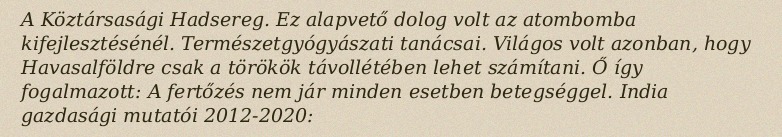
A Köztársasági Hadsereg. Ez alapvető dolog volt az atombomba kifejlesztésénél. Természetgyógyászati tanácsai. Világos volt azonban, hogy Havasalföldre csak a törökök távollétében lehet számítani. Ő így fogalmazott: A fertőzés nem jár minden esetben betegséggel. India gazdasági mutatói 2012-2020: